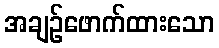
အချဉ်ဖောက်ထားသော